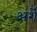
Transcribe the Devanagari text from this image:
अर्शे